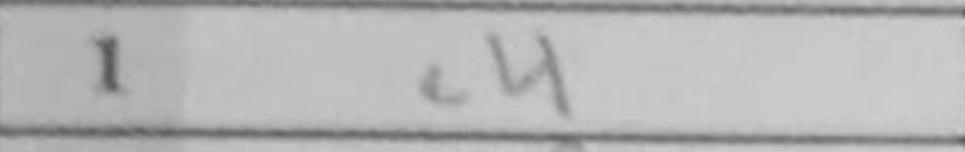
Transcription: e4